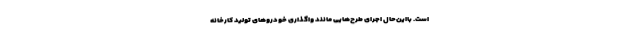
است. بااین‌حال اجرای طرح‌هایی مانند واگذاری خودروهای تولید کارخانه